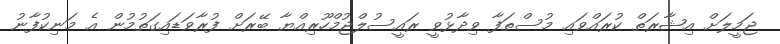
ޖަމީލަށް އިޝާރަތް ކުރައްވައި މުސްތަފާ ވިދާޅުވީ ރައީސުލްޖުމްހޫރިއްޔާ ބޭރަށް ފުރާވަޑައިގަތުމުން އެ މަނިކުފާނު